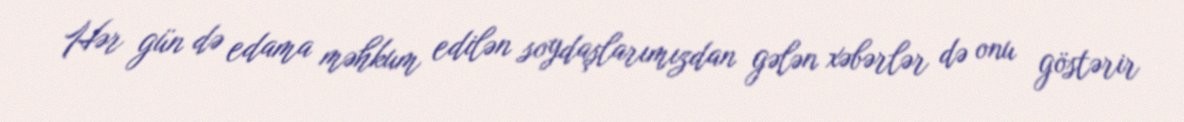
Hər gün də edama məhkum edilən soydaşlarımızdan gələn xəbərlər də onu göstərir